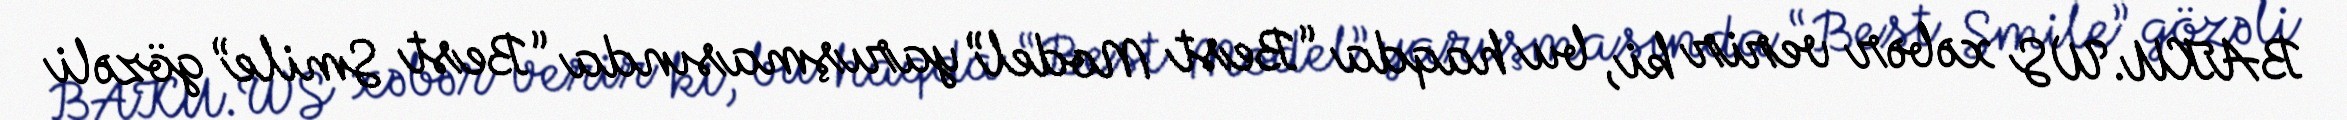
BAKU.WS xəbər verir ki, bu haqda “Best Model” yarışmasında “Best Smile” gözəli